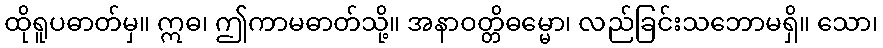
ထိုရူပဓာတ်မှ။ ဣဓ၊ ဤကာမဓာတ်သို့။ အနာဝတ္တိဓမ္မော၊ လည်ခြင်းသဘောမရှိ။ သော၊